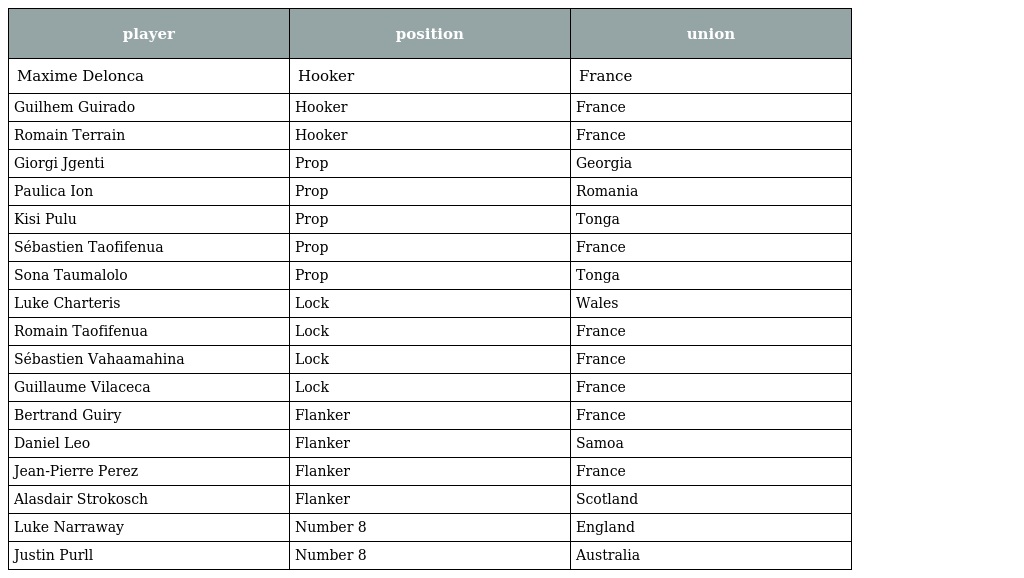
| player | position | union |
 | --- | --- | --- |
 | Maxime Delonca | Hooker | France |
 | Guilhem Guirado | Hooker | France |
 | Romain Terrain | Hooker | France |
 | Giorgi Jgenti | Prop | Georgia |
 | Paulica Ion | Prop | Romania |
 | Kisi Pulu | Prop | Tonga |
 | Sébastien Taofifenua | Prop | France |
 | Sona Taumalolo | Prop | Tonga |
 | Luke Charteris | Lock | Wales |
 | Romain Taofifenua | Lock | France |
 | Sébastien Vahaamahina | Lock | France |
 | Guillaume Vilaceca | Lock | France |
 | Bertrand Guiry | Flanker | France |
 | Daniel Leo | Flanker | Samoa |
 | Jean-Pierre Perez | Flanker | France |
 | Alasdair Strokosch | Flanker | Scotland |
 | Luke Narraway | Number 8 | England |
 | Justin Purll | Number 8 | Australia |